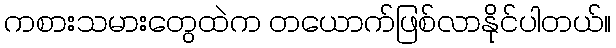
ကစားသမားတွေထဲက တယောက်ဖြစ်လာနိုင်ပါတယ်။